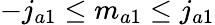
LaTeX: -j_{a1}\leq m_{a1}\leq j_{a1}